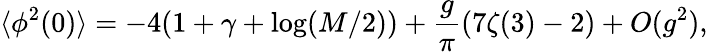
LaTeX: \langle\phi^{2}(0)\rangle=-4(1+\gamma+\log(M/2))+\frac{g}{\pi}(7\zeta(3)-2)+O(g^{2}),